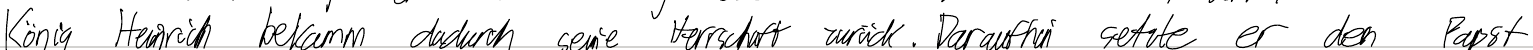
König Heinrich bekam dadurch seine Herrschaft zurück. Daraufhin setzte er den Papst